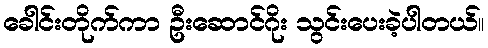
ခေါင်းတိုက်ကာ ဦးဆောင်ဂိုး သွင်းပေးခဲ့ပါတယ်။